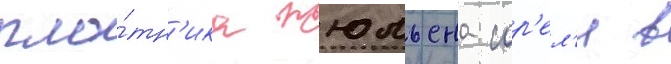
пло́тн'ика жюльена сор'ел'я в